Annual administration report of the Civil Veterinary Department, Ajmere-Merwara, British Rajputana - 1914-1940
Year: 1914
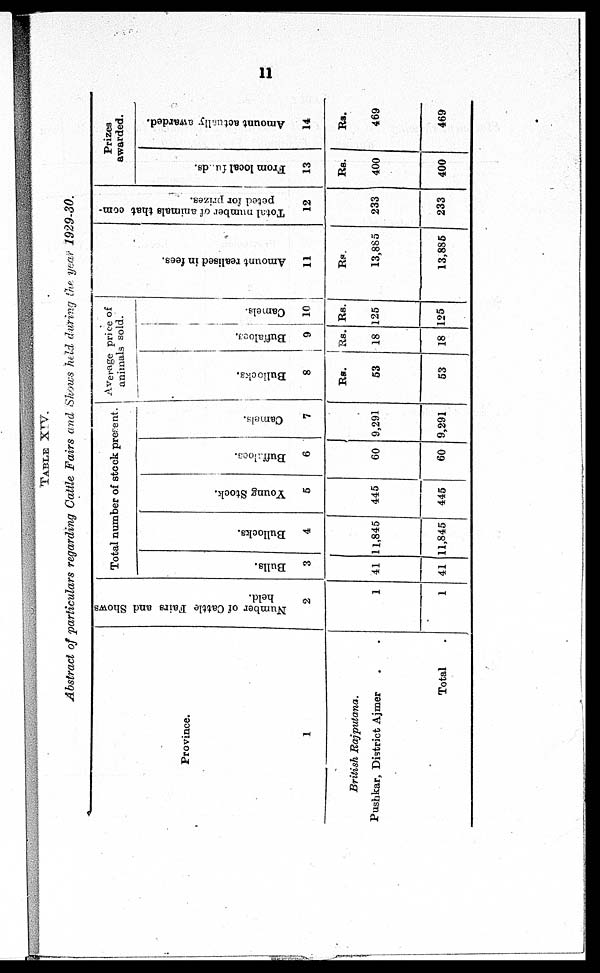
11
TABLE
XIV.
Abstract of particulars regarding Cattle Fairs and Shows held during the year 1929-30.
Province.
1
British
Rajputana.
Pushkar, District Ajmer ..
Total .
Number of Cattle Fairs and Shows
held.
2
1
1
Total number of stock present.
Bulls.
3
41
41
Bullocks.
4
11,845
11,845
Young Stock.
5
445
445
Buffaloes.
6
60
60
Camels.
7
9,291
9,291
Average price of
animals sold.
Bullocks.
8
Rs.
53
53
Buffaloes.
9
Rs.
18
18
Camels.
10
RS.
125
125
Amo u n t r e a l i s e d in fees.
11
Rs.
13,885
13,886
Total number of animals that com-
peted for prizes.
12
233
233
Prizes
awarded.
From local funds.
13
Rs.
400
400
Amount actually awarded.
14
Rs.
469
469